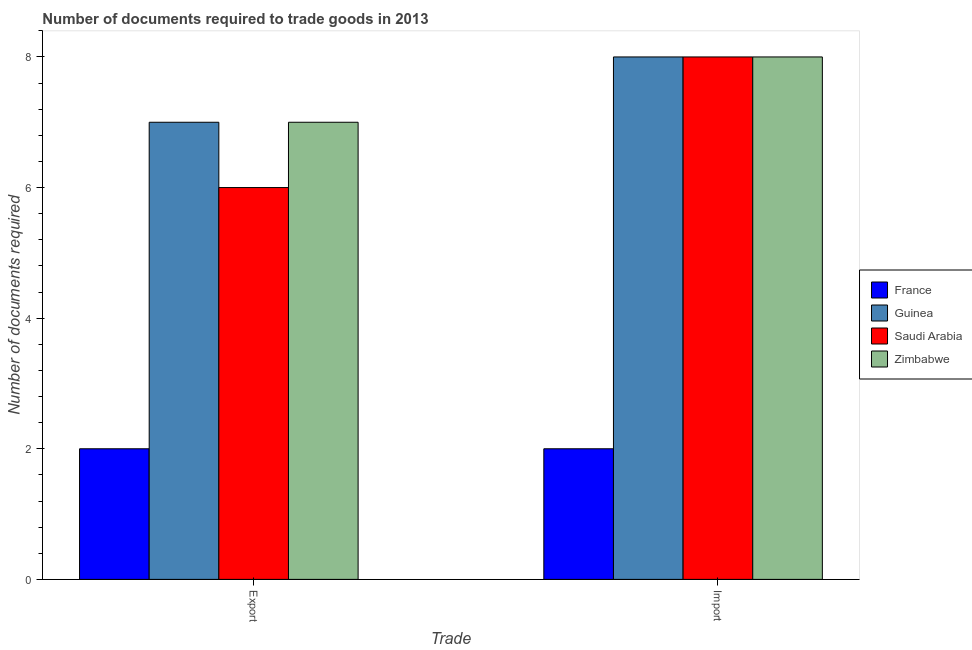
| Trade | France | Guinea | Saudi Arabia | Zimbabwe |
 | --- | --- | --- | --- | --- |
 | Export | 2 | 7 | 6 | 7 |
 | Import | 2 | 8 | 8 | 8 |